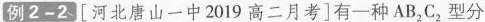
例2-2[河北唐山一中2019高二月考]有一种AB_{2}C_{2}型分